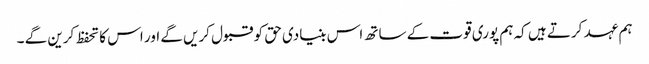
ہم عہد کرتے ہیں کہ ہم پوری قوت کے ساتھ اس بنیادی حق کو قبول کریں گے اور اس کا تحفظ کرین گے ۔